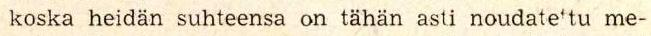
koska heidän suhteensa on tahän asti noudate'tu me-